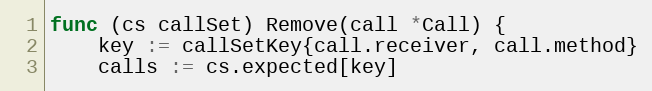
Language: Go
func (cs callSet) Remove(call *Call) {
	key := callSetKey{call.receiver, call.method}
	calls := cs.expected[key]